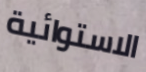
الاستوائية